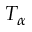
T _ { \alpha }